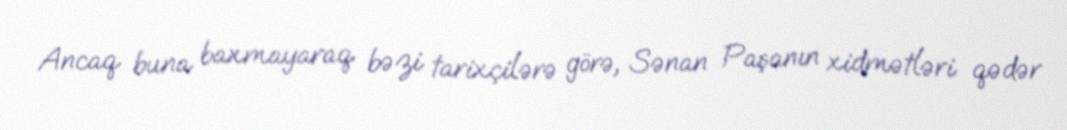
Ancaq buna baxmayaraq bəzi tarixçilərə görə, Sənan Paşanın xidmətləri qədər